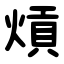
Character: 熕